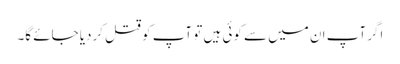
اگر آپ ان میں سے کوئی ہیں تو آپ کو قتل کردیا جائے گا۔